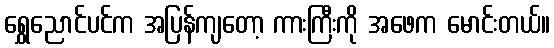
ရွှေညောင်ပင်က အပြန်ကျတော့ ကားကြီးကို အဖေက မောင်းတယ်။